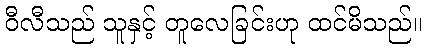
ဝီလီသည် သူနှင့် တူလေခြင်းဟု ထင်မိသည်။